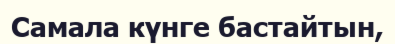
Самала күнге бастайтын,